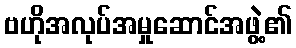
ဗဟိုအလုပ်အမှုဆောင်အဖွဲ့၏